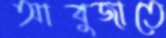
আবুজাতে